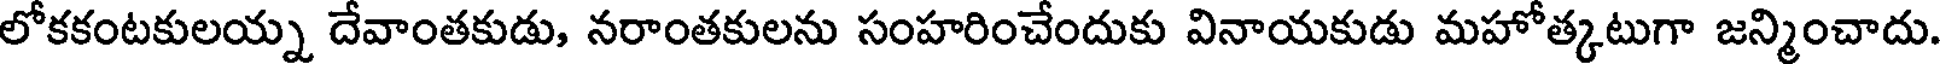
లోకకంటకులయ్న దేవాంతకుడు, నరాంతకులను సంహరించేందుకు వినాయకుడు మహోత్కటుగా జన్మించాదు.